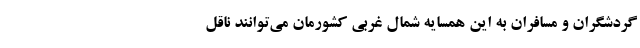
گردشگران و مسافران به این همسایه شمال غربی کشورمان می‌توانند ناقل